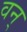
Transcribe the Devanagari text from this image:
वन्